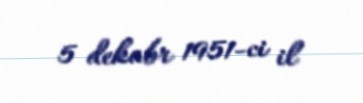
5 dekabr 1951-ci il